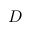
D